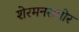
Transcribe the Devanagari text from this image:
शेरमनसमोर